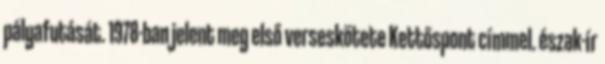
pályafutását. 1978-ban jelent meg első verseskötete Kettőspont címmel. észak-ír